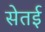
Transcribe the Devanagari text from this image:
सेतई